Liigvalla_vallavalitsus, lk 127
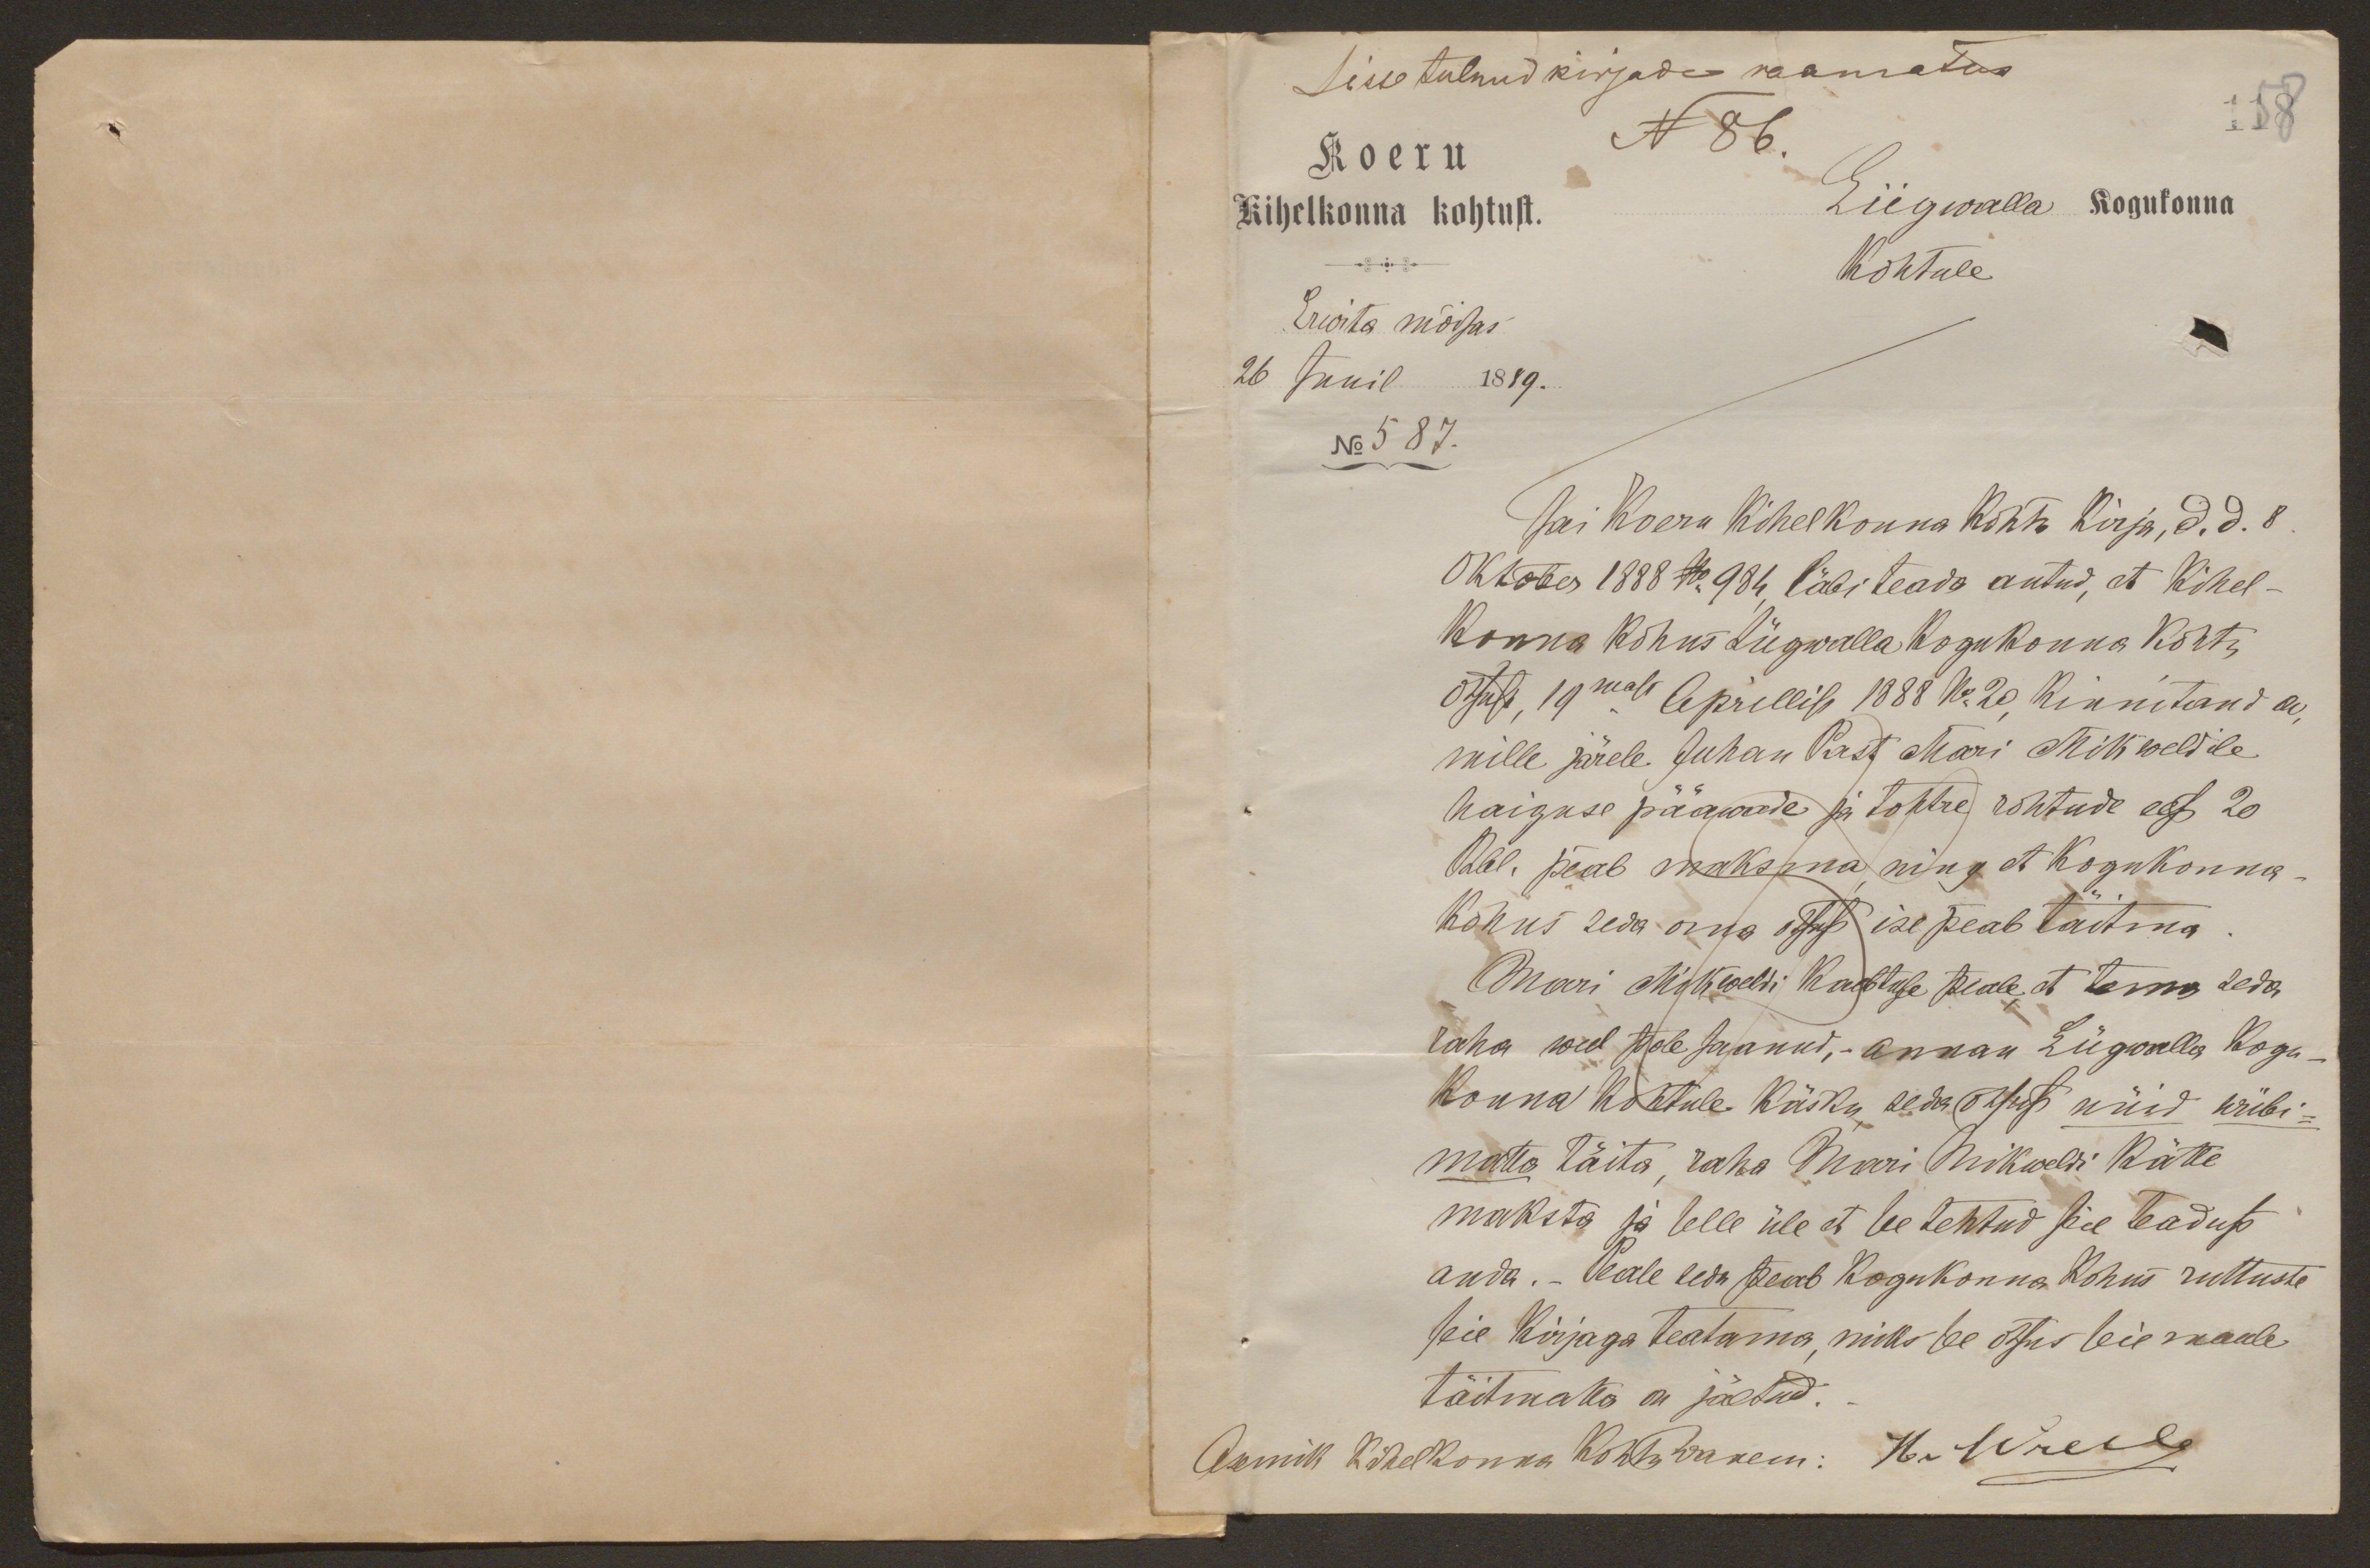
Sisse tulnud kirjade raamatus
N 86.
118
Koeru
Kihelkonna kohtust.
Liigwalla kogukonna
kohtule
Erwita mõisas
26 Junil 1889.
No 587.
Sai Koeru kihelkonna kohtu kirja, d. d. 8
Oktober 1888 No 984, läbi teada antud, et kihel-
konna kohus Liigwalla kogukonna kohtu
otsust, 19mast Aprillist 1888 No 20, kinnitand on,
mille järele Juhan Past Mari Mikweldile
haiguse pääwade ja tohtre rohtude eest 20
Rbl. peab maksma, ning et kogukonna-
kohus seda oma otsust ise peab täitma.
Mari Mikweldi kaebtuse peale, et tema seda
raha weel pole saanud, - annan Liigwalla kogu-
konna kohtule käsku, seda otsust nüid wiibi-
matta täita, raha Mari Mikweldi kätte
maksta ja selle üle et see tehtud seie teadust
anda. - Peale seda peab kogukonna kohus ruttuste
seie kirjaga teatama, miks see otsus seie maale
täitmata on jäetud.-
Asemik kihelkonna kohtu wanem: